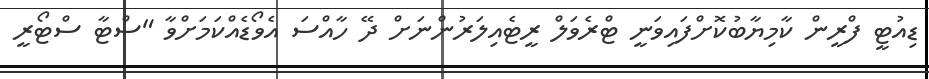
ޑިއުޓީ ފްރީން ކާމިޔާބުކޮށްފައިވަނީ ޓްރެވަލް ރީޓެއިލަރުންނަށް ދޭ ހާއްސަ އެވޯޑެއްކަަމަށްވާ "ސްޓާ ސްޓޯރީ